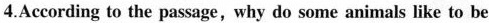
4.According to the passage,why do some animals like to be